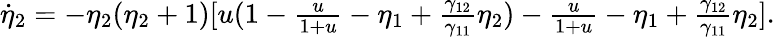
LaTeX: \begin{array}{r}{\dot{\eta}_{2}=-\eta_{2}(\eta_{2}+1)[u(1-\frac{u}{1+u}-\eta_{1}+\frac{\gamma_{12}}{\gamma_{11}}\eta_{2})-\frac{u}{1+u}-\eta_{1}+\frac{\gamma_{12}}{\gamma_{11}}\eta_{2}].}\end{array}